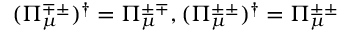
( \Pi _ { \mu } ^ { \mp \pm } ) ^ { \dag } = \Pi _ { \mu } ^ { \pm \mp } , ( \Pi _ { \mu } ^ { \pm \pm } ) ^ { \dag } = \Pi _ { \mu } ^ { \pm \pm }